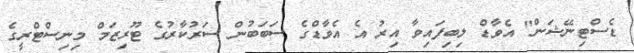
ޑެސްޓިނޭޝަން" އެވާޑް ލިބިފައިވާ އިރު އެ އެވާޑްގެ ސަބަބުން ސަރުކާރުގެ ޓޫރިޒަމް މިނިސްޓްރީގެ